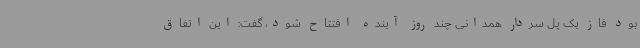
بود فاز یک پل سردار همدانی چند روز آینده افتتاح شود، گفت: این اتفاق